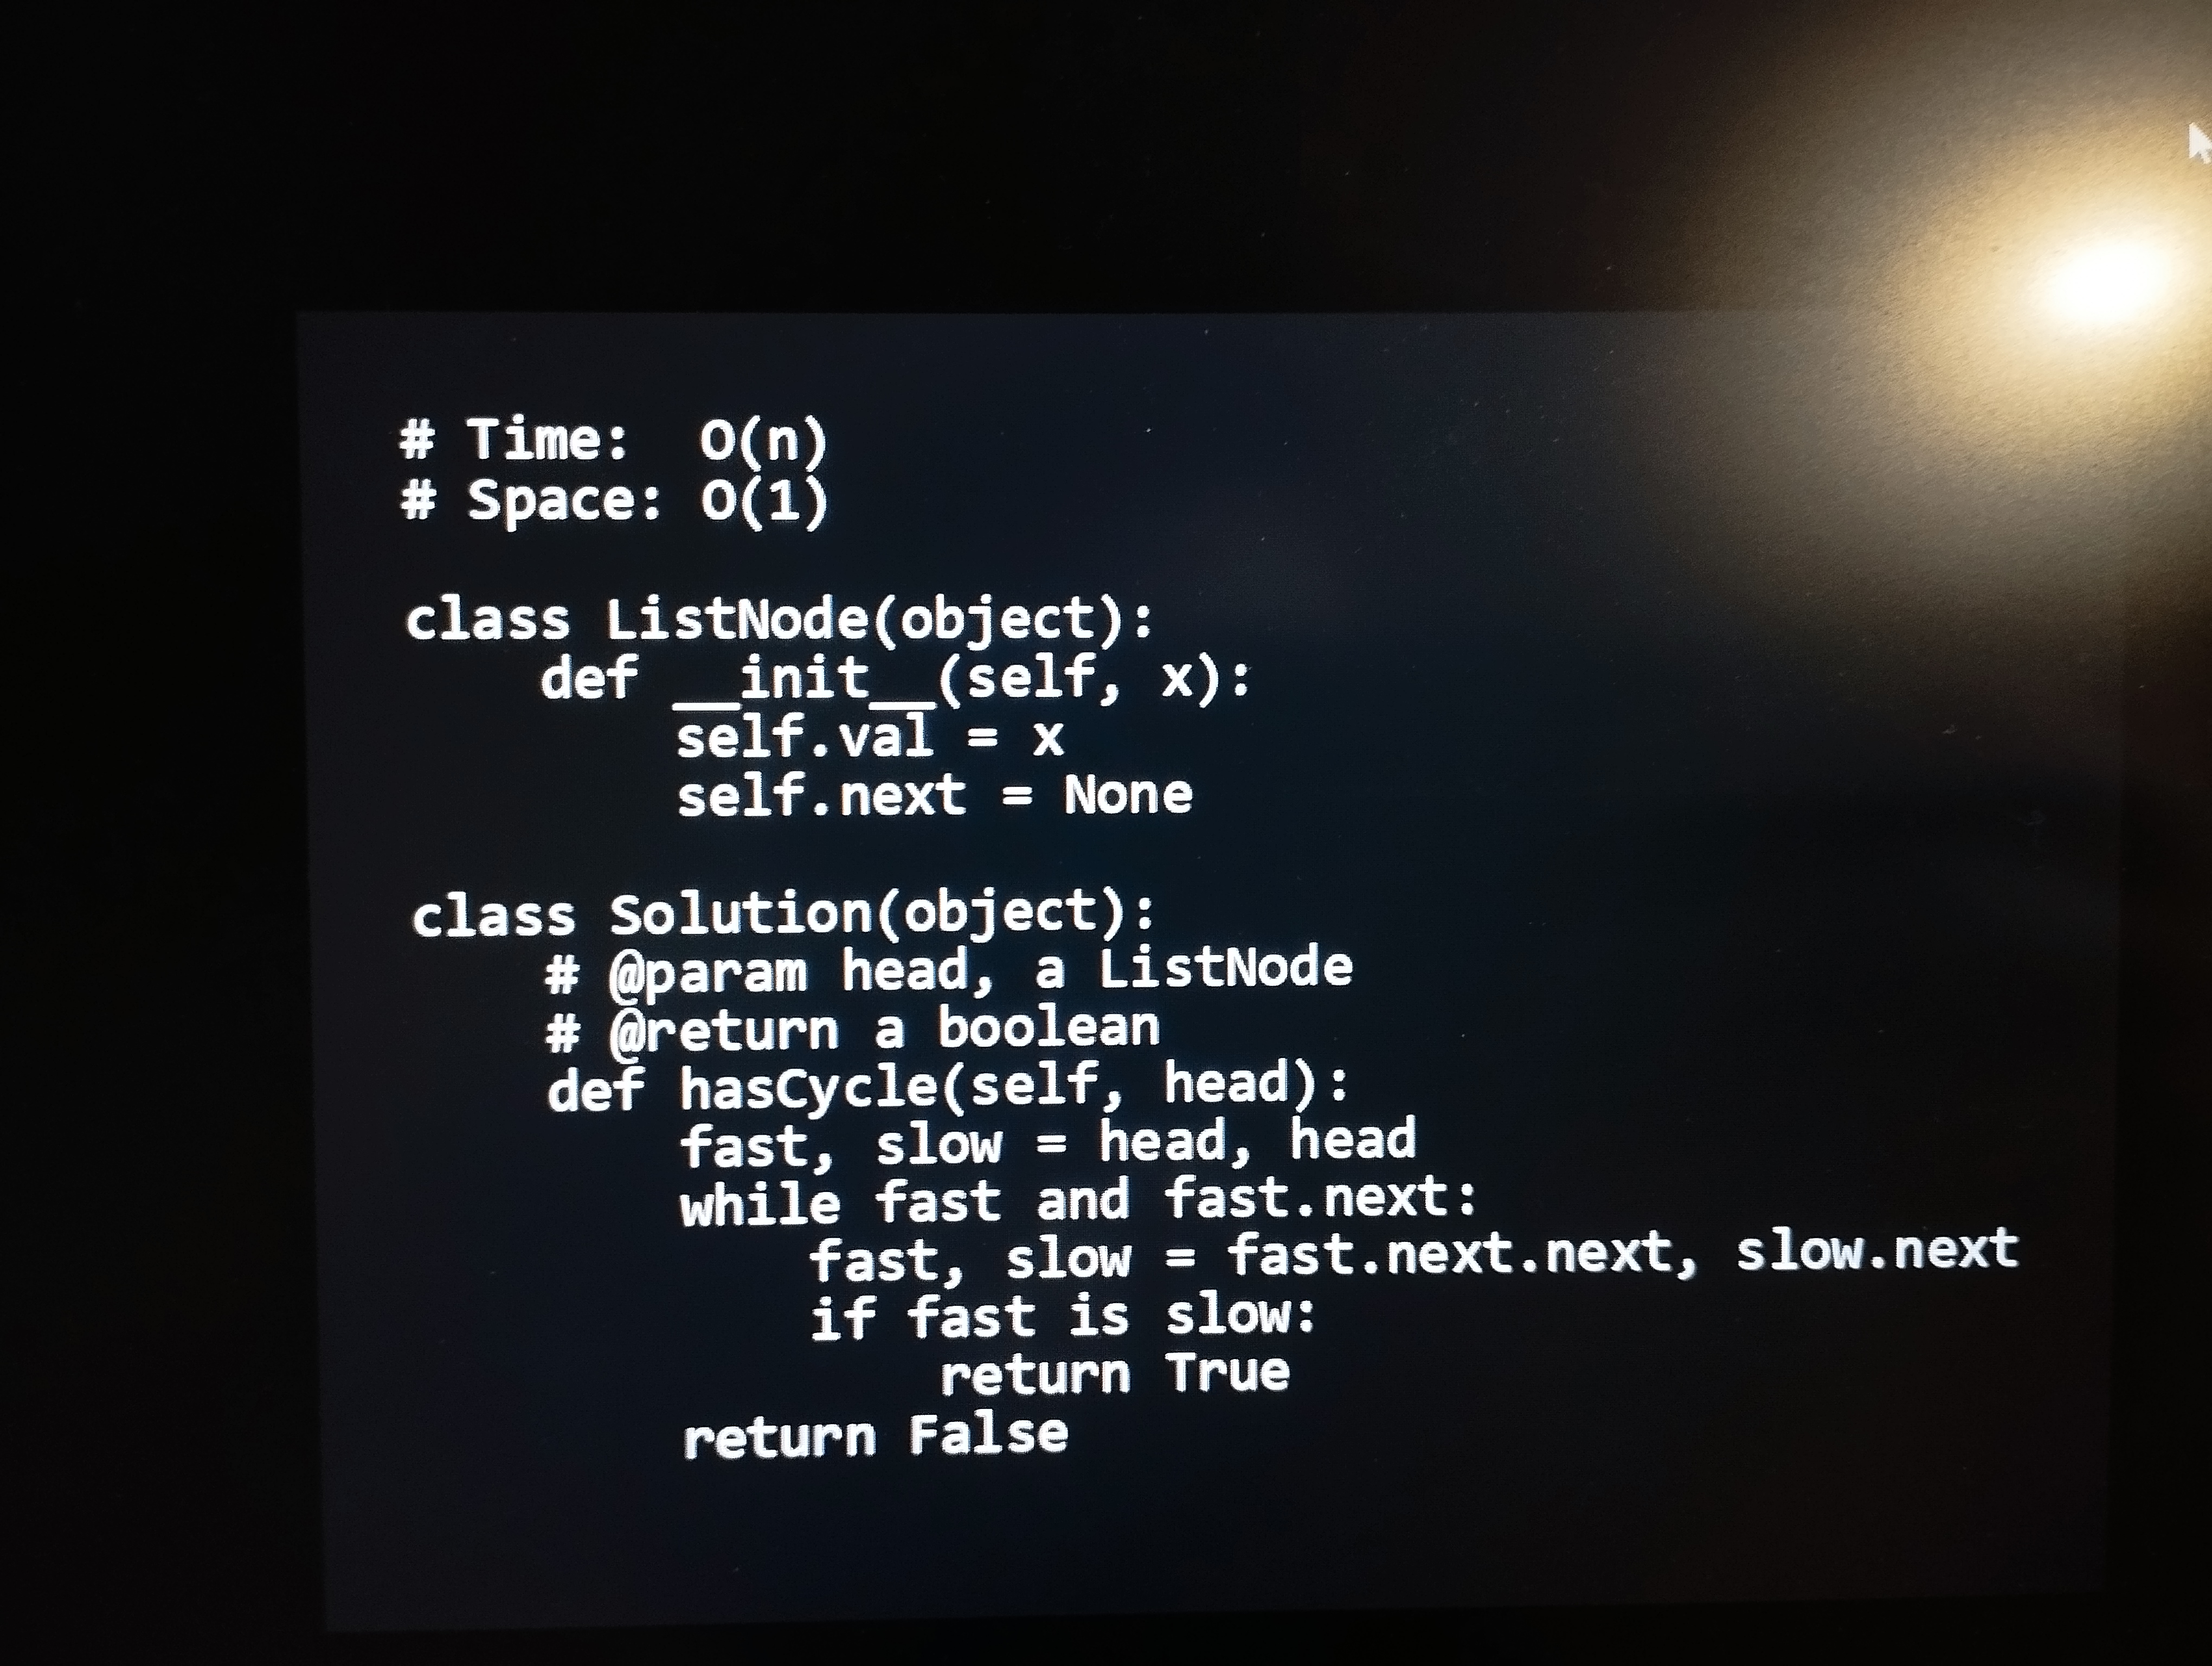
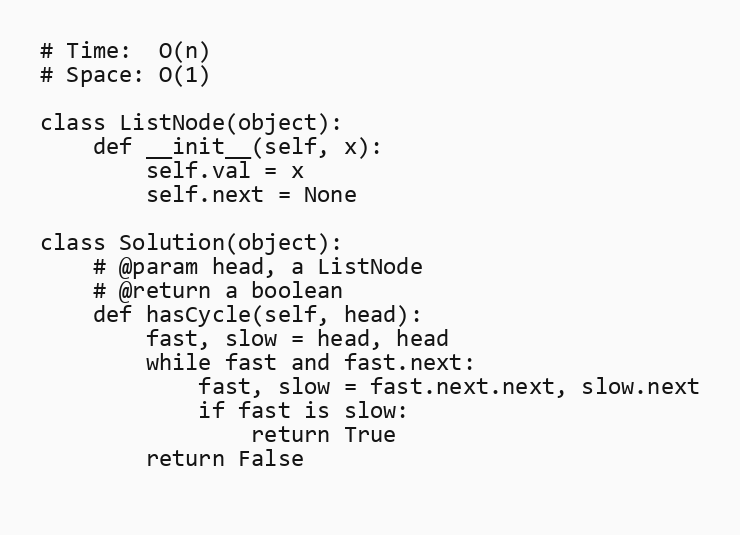
# Time:  O(n)
# Space: O(1)

class ListNode(object):
    def __init__(self, x):
        self.val = x
        self.next = None

class Solution(object):
    # @param head, a ListNode
    # @return a boolean
    def hasCycle(self, head):
        fast, slow = head, head
        while fast and fast.next:
            fast, slow = fast.next.next, slow.next
            if fast is slow:
                return True
        return False